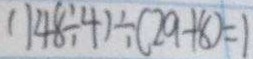
( 1 4 8 \div 4 ) \div ( 2 9 + 8 ) = 1